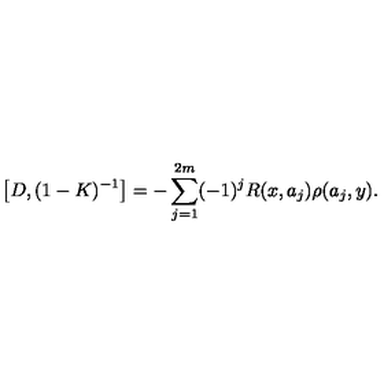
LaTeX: \left[ D , ( 1 - K ) ^ { - 1 } \right] = - \sum _ { j = 1 } ^ { 2 m } ( - 1 ) ^ { j } R ( x , a _ { j } ) \rho ( a _ { j } , y ) .